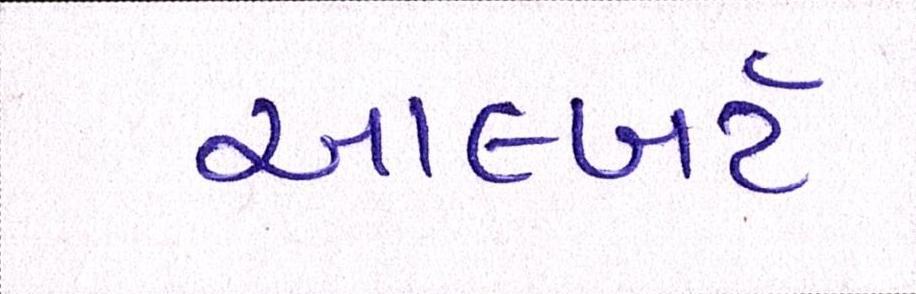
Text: આલ્બર્ટ